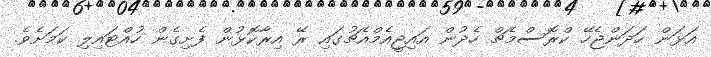
އަޅަން ހަދަންޖެހޭ ކްރޮސްމެޗް ހެދުން އައިޖީއެމްއެޗުގައި ރޭ އިރާކޮޅުން ފެށިގެން ހުއްޓައިލި ކަމަށެވެ.